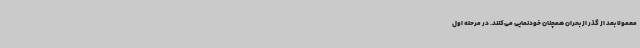
معمولاً بعد از گذر از بحران همچنان خودنمایی می‌کنند. در مرحله اول